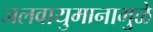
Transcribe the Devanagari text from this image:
जलवायुमानामुळे